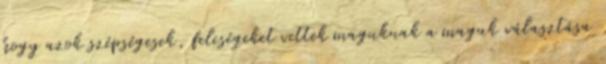
hogy azok szépségesek, feleségeket vettek maguknak a maguk választása